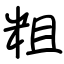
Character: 粗